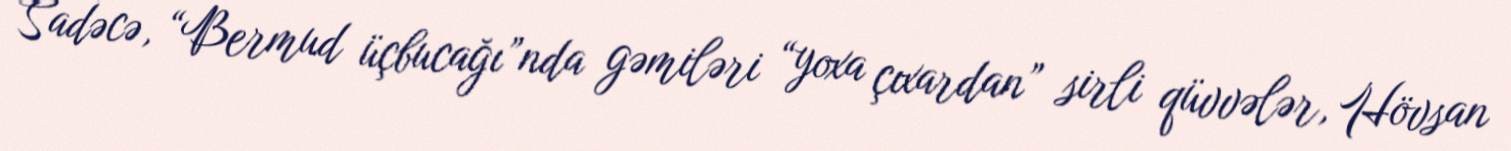
Sadəcə, “Bermud üçbucağı”nda gəmiləri “yoxa çıxardan” sirli qüvvələr, Hövsan